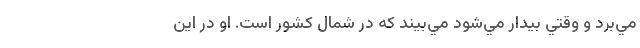
مي‌برد و وقتي بيدار مي‌شود مي‌بيند که در شمال کشور است. او در اين